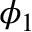
\phi _ { 1 }